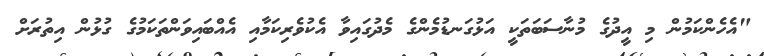
"އެހެންކަމުން މި އީދުގެ މުނާސަބަތަކީ އަޅުގަނޑުމެންގެ މެދުގައިވާ އެކުވެރިކަމާއި އެއްބައިވަންތަކަމުގެ ގުޅުން އިތުރަށް